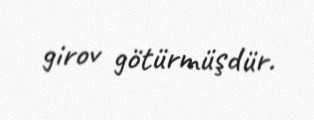
girov götürmüşdür.